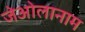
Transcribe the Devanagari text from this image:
जेओलानाम